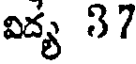
విద్య 37